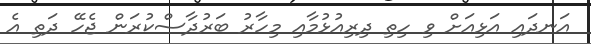
އަނދައި އަޅިއަށް ވި ހިތި ދިރިއުޅުމާއި މިހާރު ބަރުދާސްކުރަން ޖެހޭ ދަތި އެ